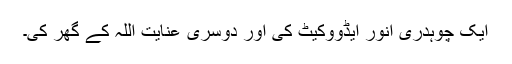
ایک چوہدری انور ایڈووکیٹ کی اور دوسری عنایت اللہ کے گھر کی۔